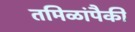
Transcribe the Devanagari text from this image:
तमिळांपैकी